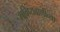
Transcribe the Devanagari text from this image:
भविष्यवाणीच्या